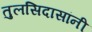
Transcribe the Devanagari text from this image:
तुलसिदासांनी